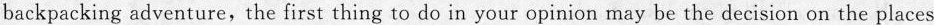
backpacking adventure,the first thing to do in your opinion may be the decision on the places